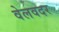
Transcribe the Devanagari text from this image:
वेलवदर